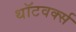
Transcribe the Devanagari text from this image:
थॉटवर्क्स